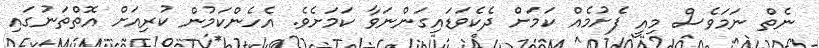
ނެތް ނަމަވެސް މިއީ ފެށުމެއް ކަމަށް ދެކެވަޑައިގަންނަވާ ކަމަށެވެ. އެހެންކަމުން ކުރިއަށް އޮތްތަނުގައި